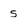
Character: s